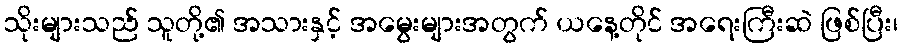
သိုးများသည် သူတို့၏ အသားနှင့် အမွေးများအတွက် ယနေ့တိုင် အရေးကြီးဆဲ ဖြစ်ပြီး၊